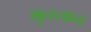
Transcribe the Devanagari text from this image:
कृस्तान